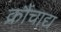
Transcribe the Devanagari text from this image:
क्रौंचाद्य